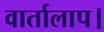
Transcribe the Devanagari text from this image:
वार्तालाप।